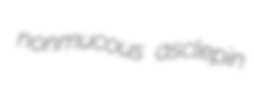
nonmucous asclepin